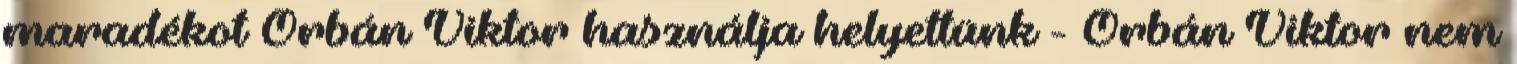
maradékot Orbán Viktor használja helyettünk - Orbán Viktor nem